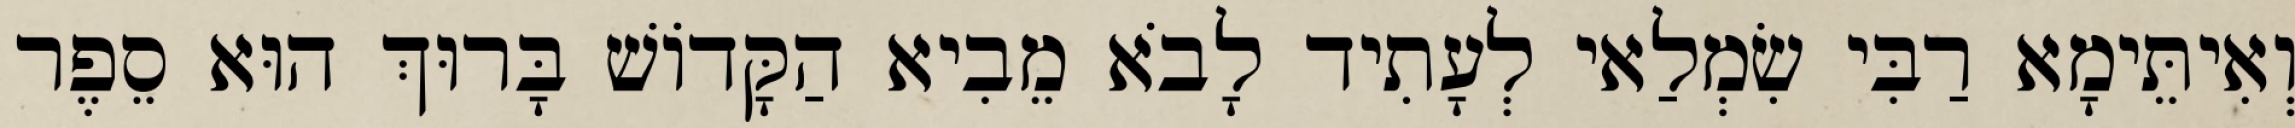
וְאִיתֵּימָא רַבִּי שִׂמְלַאי לְעָתִיד לָבֹא מֵבִיא הַקָּדוֹשׁ בָּרוּךְ הוּא סֵפֶר